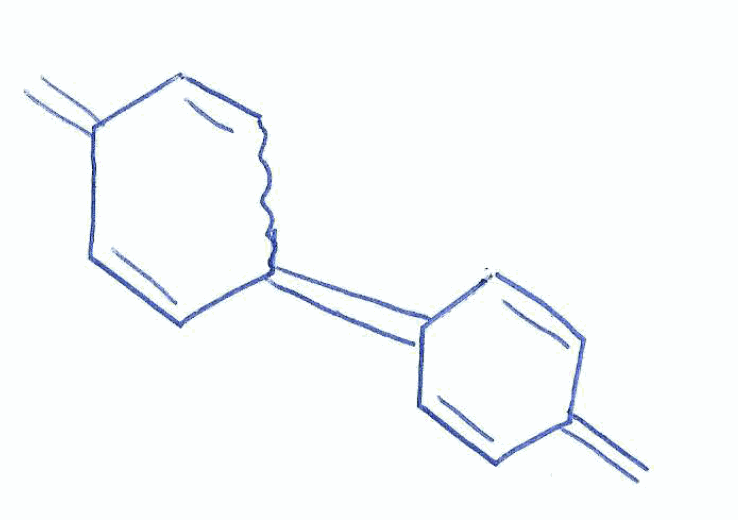
Simplified molecular-input line-entry system (SMILES) notation of the given molecule:
C=C1C=CC(=C2C=CC(=C)C=C2)C=C1